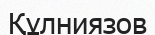
Құлниязов